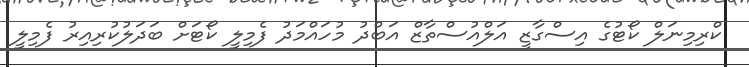
ކްރިމިނަލް ކޯޓުގެ އިސްގާޒީ އަލްއުސްތާޒް އަބްދު މުހައްމަދު ފެމިލީ ކޯޓަށް ބަދަލުކުރިއިރު ފެމިލީ